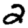
Digit: 2